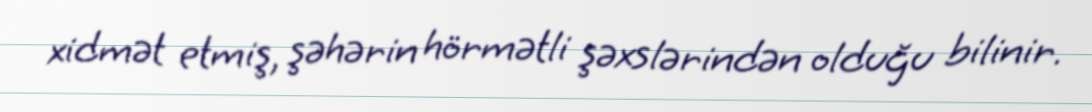
xidmət etmiş, şəhərin hörmətli şəxslərindən olduğu bilinir.